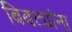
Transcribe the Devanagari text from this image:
बिबट्यांना